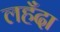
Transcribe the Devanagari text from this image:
लहँदा